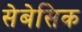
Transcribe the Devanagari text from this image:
सेबेसिक